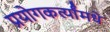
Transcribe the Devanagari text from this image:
प्रयोगकर्त्यांमधे